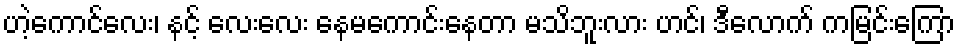
ဟဲ့ကောင်လေး၊ နင့် လေးလေး နေမကောင်းနေတာ မသိဘူးလား ဟင်၊ ဒီလောက် ကမြင်းကြော